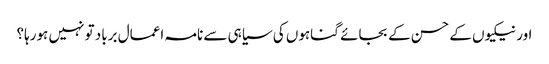
اور نیکیوں کے حسن کے بجائے گناہوں کی سیاہی سے نامہ اعمال برباد تو نہیں ہورہا؟